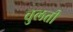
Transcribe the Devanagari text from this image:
चुलती